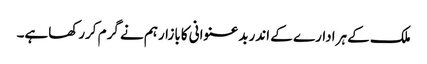
ملک کے ہرادارے کے اندربدعنوانی کابازارہم نے گرم کررکھاہے۔